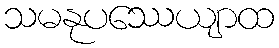
သမနုပဿေယျာထ